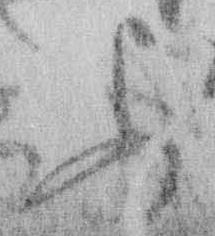
ふ